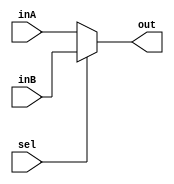
`timescale 1ns / 1ps
//////////////////////////////////////////////////////////////////////////////////
// Simple mux designed to take in two 16-bit values and output one 16-bit value.
// Takes in a 1-bit selector signal. 
//////////////////////////////////////////////////////////////////////////////////


module Mux16Bit2To1(out, inA, inB, sel);

    input [15:0] inA, inB;
    input sel;
    
    output [15:0] out;
    
    assign out = (sel == 0) ? inA : inB; 

endmodule